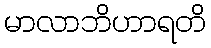
မာလာဘိဟာရတိ